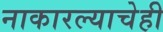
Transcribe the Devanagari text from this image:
नाकारल्याचेही